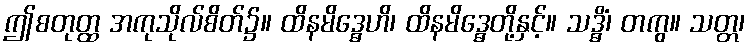
ဤစတုတ္ထ အကုသိုလ်စိတ်၌။ ထိနမိဒ္ဓေဟိ၊ ထိနမိဒ္ဓေတို့နှင့်။ သဒ္ဓိံ၊ တကွ။ သတ္တ၊